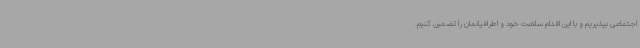
اجتماعی بپذیریم و با این اقدام سلامت خود و اطرافیانمان را تضمین کنیم.